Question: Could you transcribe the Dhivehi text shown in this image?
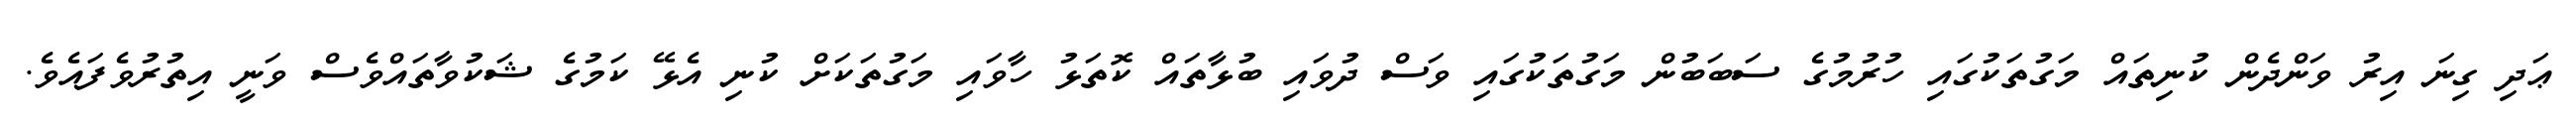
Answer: ޢަދި ގިނަ އިރު ވަންދެން ކުނިތައް މަގުތަކުގައި ހުރުމުގެ ސަބަބުން މަގުތަކުގައި ވަސް ދުވައި ބުޅާތައް ކޮތަޅު ހާވައި މަގުތަކަށް ކުނި އެޅޭ ކަމުގެ ޝަކުވާތައްވެސް ވަނީ އިތުރުވެފައެވެ.